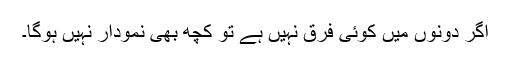
اگر دونوں میں کوئی فرق نہیں ہے تو کچھ بھی نمودار نہیں ہوگا۔